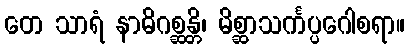
တေ သာရံ နာဓိဂစ္ဆန္တိ၊ မိစ္ဆာသင်္ကပ္ပဂေါစရာ။